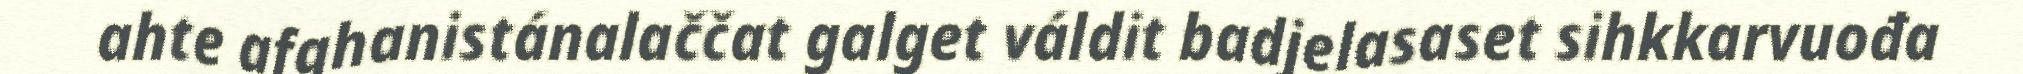
ahte afghanistánalaččat galget váldit badjelasaset sihkkarvuođa